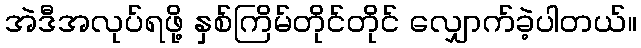
အဲဒီအလုပ်ရဖို့ နှစ်ကြိမ်တိုင်တိုင် လျှောက်ခဲ့ပါတယ်။